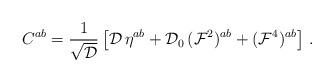
LaTeX: \begin{align*}C^{ab} = {1\over \sqrt{\cal D}}\left[ {\cal D}\, \eta^{ab} + {\cal D}_0 \, ({\cal F}^2)^{ab} +({\cal F}^4)^{ab} \right] \, . \end{align*}